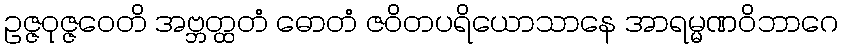
ဥဇ္ဇဝုဇ္ဇဝေတိ အဗ္ဘတ္ထတံ ဓောတံ ဇဝိတပရိယောသာနေ အာရမ္မဏဝိဘာဂေ